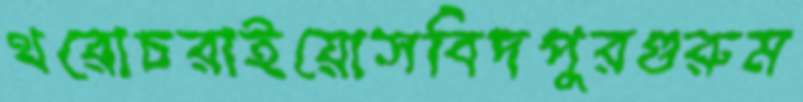
থরোচরাইয়োসবিদপুরগুরুম